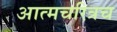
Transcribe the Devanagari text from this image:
आत्मचरित्रच